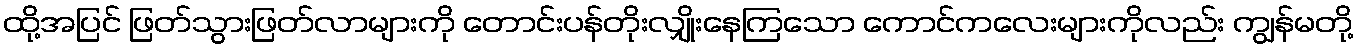
ထို့အပြင် ဖြတ်သွားဖြတ်လာများကို တောင်းပန်တိုးလျှိုးနေကြသော ကောင်ကလေးများကိုလည်း ကျွန်မတို့